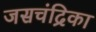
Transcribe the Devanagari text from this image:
जसचंद्रिका